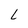
Character: L